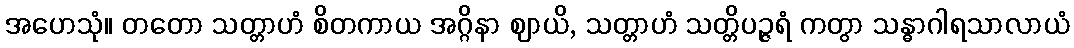
အဟေသုံ။ တတော သတ္တာဟံ စိတကာယ အဂ္ဂိနာ ဈာယိ, သတ္တာဟံ သတ္တိပဉ္ဇရံ ကတွာ သန္ဓာဂါရသာလာယံ